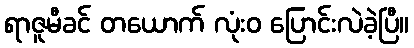
ရာဇူမီခင် တယောက် လုံးဝ ပြောင်းလဲခဲ့ပြီ။